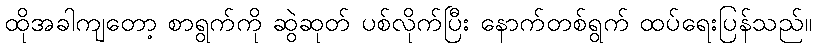
ထိုအခါကျတော့ စာရွက်ကို ဆွဲဆုတ် ပစ်လိုက်ပြီး နောက်တစ်ရွက် ထပ်ရေးပြန်သည်။